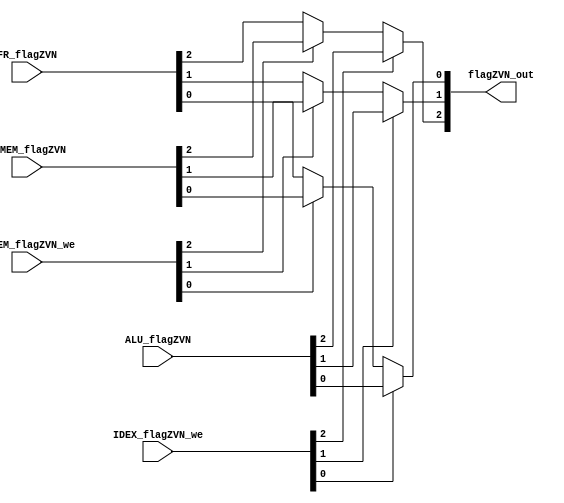
module flagZVN_forwarding_mux (ALU_flagZVN, IDEX_flagZVN_we, EXMEM_flagZVN, EXMEM_flagZVN_we, FR_flagZVN, flagZVN_out);
    /* construct the correct FLAG={Z,V,N} based on all pipeline registers & flag register */
    input[2:0] ALU_flagZVN, IDEX_flagZVN_we;    // flag from ALU, i.e. previous instruction
    input[2:0] EXMEM_flagZVN, EXMEM_flagZVN_we; // flag from EX stage, i.e. previous of previous instruction
    input[2:0] FR_flagZVN;                      // FlagRegister. i.e. even earlier instructions.
                                                // Note: FR should take care of passthrough so MEM/WB.flagZVN can be passed correctly.
    output[2:0] flagZVN_out;                    // constructed flag to be fed into PC_Control

    wire z1,v1,n1,z2,v2,n2,z3,v3,n3;
    wire ze1,ve1,ne1,ze2,ve2,ne2;
    assign {z1,v1,n1} = ALU_flagZVN;
    assign {z2,v2,n2} = EXMEM_flagZVN;
    assign {z3,v3,n3} = FR_flagZVN;
    assign {ze1,ve1,ne1} = IDEX_flagZVN_we;
    assign {ze2,ve2,ne2} = EXMEM_flagZVN_we;
    assign flagZVN_out[2] = ze1?z1 :ze2?z2 :z3;
    assign flagZVN_out[1] = ve1?v1 :ve2?v2 :v3;
    assign flagZVN_out[0] = ne1?n1 :ne2?n2 :n3;
endmodule